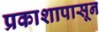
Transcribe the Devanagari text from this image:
प्रकाशापासून